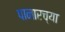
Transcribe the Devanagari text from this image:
पानारच्या